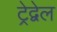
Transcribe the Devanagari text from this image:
ट्रेद्वेल